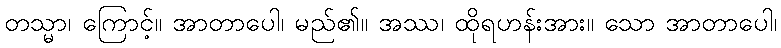
တသ္မာ၊ ကြောင့်။ အာတာပေါ၊ မည်၏။ အဿ၊ ထိုရဟန်းအား။ သော အာတာပေါ၊